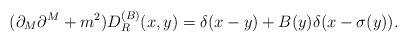
LaTeX: \begin{align*}(\partial_{M}\partial^{M}+m^{2})D_{R}^{(B)}(x,y)=\delta(x-y)+B(y)\delta(x-\sigma(y)).\end{align*}